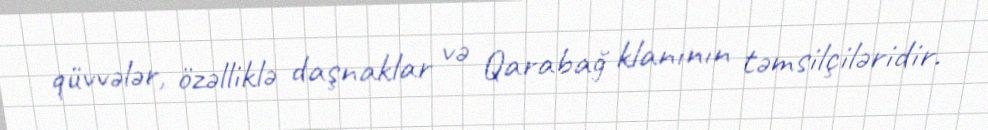
qüvvələr, özəlliklə daşnaklar və Qarabağ klanının təmsilçiləridir.